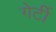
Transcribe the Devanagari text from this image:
गेर्टी